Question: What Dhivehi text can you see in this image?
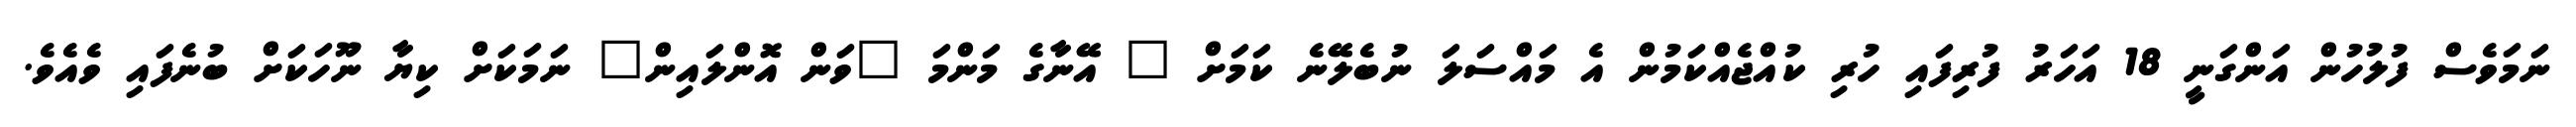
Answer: ނަމަވެސް ފުލުހުން އަންގަނީ 18 އަހަރު ފުރިފައި ހުރި ކުއްޖެއްކަމުން އެ މައްސަލަ ނުބެލޭނެ ކަމަށް " އޭނާގެ މަންމަ "ވަން އޮންލައިން" ނަމަކަށް ކިޔާ ނޫހަކަށް ބުނެފައި ވެއެވެ.